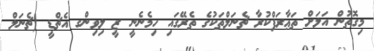
މިގޮތުން އަލަށް ތަޢާރަފްކުރާ ޗެނަލްތަކުގެ ތެރޭގައި ހިމެނެނީ ޒީ ލިވިންގ އެޗްޑީ (ޗެނަލް